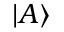
| A \rangle